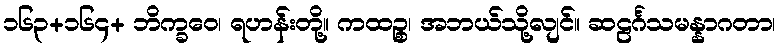
၁၆၃+၁၆၄+ ဘိက္ခဝေ၊ ရဟန်းတို့။ ကထဉ္စ၊ အဘယ်သို့လျင်။ ဆဠင်္ဂသမန္နာဂတာ၊